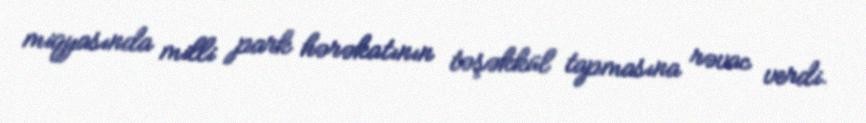
miqyasında milli park hərəkatının təşəkkül tapmasına rəvac verdi.